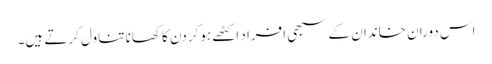
اس دوران خاندان کے سبھی افراد اکٹھے ہوکر دن کا کھانا تناول کرتے ہیں۔